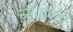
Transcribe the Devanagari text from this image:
स्रोतोवहा